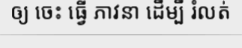
ឲ្យ ចេះ ធ្វើ ភាវនា ដើម្បី រំលត់